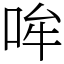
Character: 哞